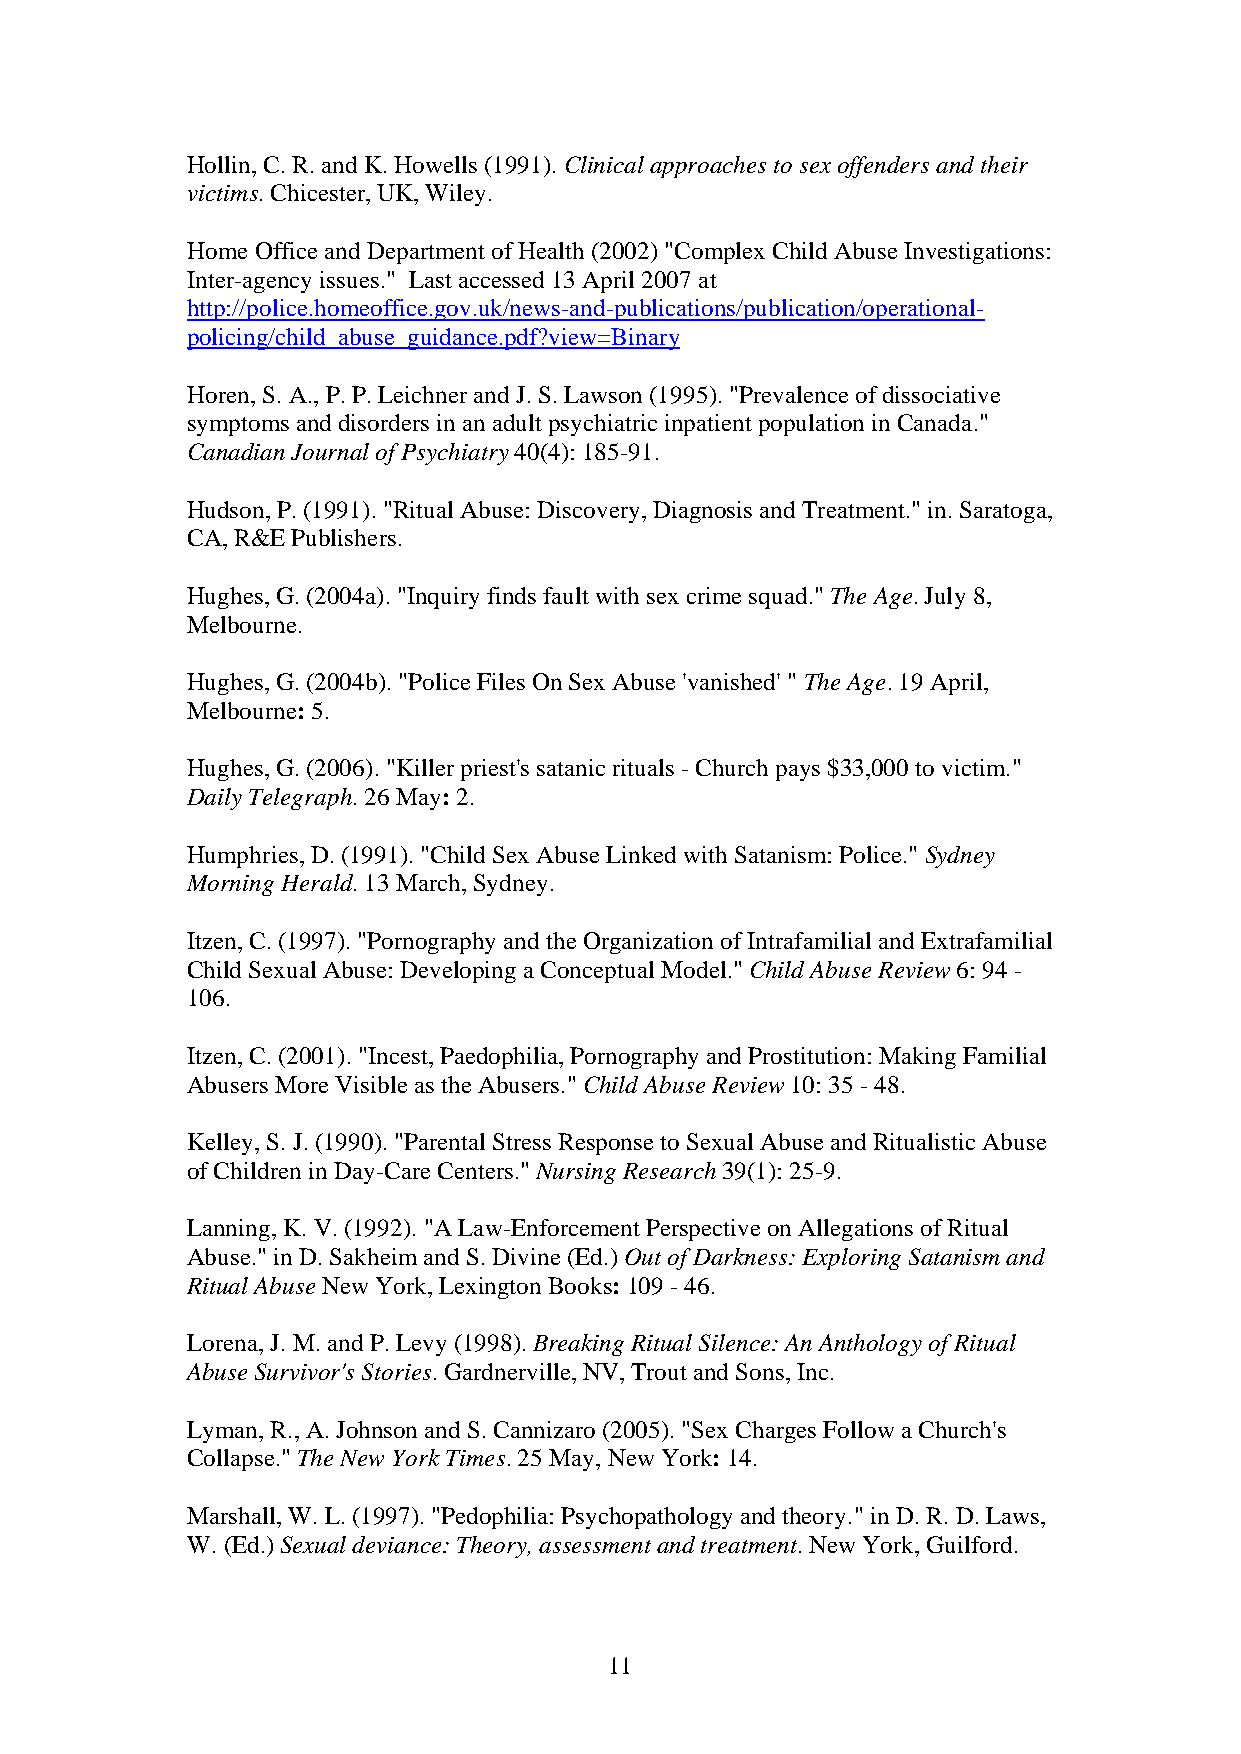
Hollin, C. R. and K. Howells (1991). Clinical approaches to sex offenders and their
 victims. Chicester, UK, Wiley.
 Home Office and Department of Health (2002) "Complex Child Abuse Investigations:
 Inter-agency issues." Last accessed 13 April 2007 at
 http://police.homeoffice.gov.uk/news-and-publications/publication/operational-
 policing/child_abuse_guidance.pdf?view=Binary
 Horen, S. A., P. P. Leichner and J. S. Lawson (1995). "Prevalence of dissociative
 symptoms and disorders in an adult psychiatric inpatient population in Canada."
 Canadian Journal of Psychiatry 40(4): 185-91.
 Hudson, P. (1991). "Ritual Abuse: Discovery, Diagnosis and Treatment." in. Saratoga,
 CA, R&E Publishers.
 Hughes, G. (2004a). "Inquiry finds fault with sex crime squad." The Age. July 8,
 Melbourne.
 Hughes, G. (2004b). "Police Files On Sex Abuse 'vanished' " The Age. 19 April,
 Melbourne: 5.
 Hughes, G. (2006). "Killer priest's satanic rituals - Church pays $33,000 to victim."
 Daily Telegraph. 26 May: 2.
 Humphries, D. (1991). "Child Sex Abuse Linked with Satanism: Police." Sydney
 Morning Herald. 13 March, Sydney.
 Itzen, C. (1997). "Pornography and the Organization of Intrafamilial and Extrafamilial
 Child Sexual Abuse: Developing a Conceptual Model." Child Abuse Review 6: 94 -
 106.
 Itzen, C. (2001). "Incest, Paedophilia, Pornography and Prostitution: Making Familial
 Abusers More Visible as the Abusers." Child Abuse Review 10: 35 - 48.
 Kelley, S. J. (1990). "Parental Stress Response to Sexual Abuse and Ritualistic Abuse
 of Children in Day-Care Centers." Nursing Research 39(1): 25-9.
 Lanning, K. V. (1992). "A Law-Enforcement Perspective on Allegations of Ritual
 Abuse." in D. Sakheim and S. Divine (Ed.) Out of Darkness: Exploring Satanism and
 Ritual Abuse New York, Lexington Books: 109 - 46.
 Lorena, J. M. and P. Levy (1998). Breaking Ritual Silence: An Anthology of Ritual
 Abuse Survivor's Stories. Gardnerville, NV, Trout and Sons, Inc.
 Lyman, R., A. Johnson and S. Cannizaro (2005). "Sex Charges Follow a Church's
 Collapse." The New York Times. 25 May, New York: 14.
 Marshall, W. L. (1997). "Pedophilia: Psychopathology and theory." in D. R. D. Laws,
 W. (Ed.) Sexual deviance: Theory, assessment and treatment. New York, Guilford.
 11